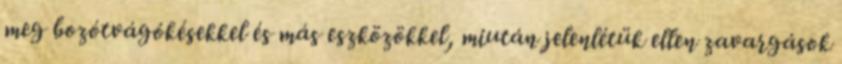
meg bozótvágókésekkel és más eszközökkel, miután jelenlétük ellen zavargások